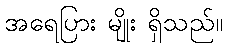
အရေပြား မျိုး ရှိသည်။